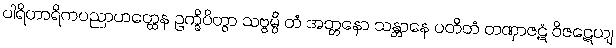
ပါရိဟာရိကပညာဟတ္ထေန ဥက္ခိပိတွာ သဗ္ဗမ္ပိ တံ အတ္တနော သန္တာနေ ပတိတံ တဏှာဇဋံ ဝိဇဋေယျ